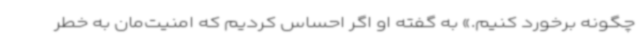
چگونه برخورد کنیم.» به گفته او اگر احساس کردیم که امنیت‌مان به خطر